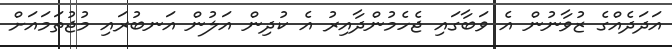
އަދަދެއްގެ ޒުވާނުން އެ ވަބާގައި ޖެހެމުންދާއިރު އެ ކުދިން އަލުން އަނބުރައި މުޖުތަމައަށް